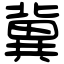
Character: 冀